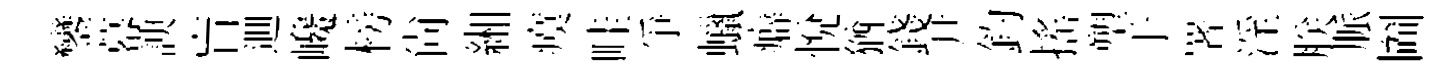
鑾幕諛盲逥巉榜尙緗瘼畦爭蠟癖悦猶錢尹釣搖塑于署淫朕脈圗